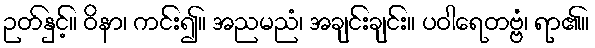
ဉတ်နှင့်။ ဝိနာ၊ ကင်း၍။ အညမညံ၊ အချင်းချင်း။ ပဝါရေတဗ္ဗံ၊ ရာ၏။